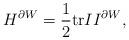
LaTeX: \begin{align*}H^{\partial W} = \frac 1 2 \textrm{tr}II^{\partial W},\end{align*}